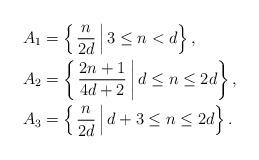
LaTeX: \begin{align*}A_1 &= \left\{\left.\frac{n}{2d}\,\right| 3\leq n< d\right\},\\A_2 &= \left\{\left.\frac{2n+1}{4d+2}\,\right| d\leq n\leq 2d\right\},\\A_3 &= \left\{\left.\frac{n}{2d}\,\right| d+3\leq n\leq 2d\right\}.\end{align*}